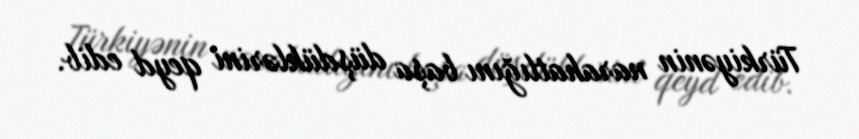
Türkiyənin narahatlığını başa düşdüklərini qeyd edib.